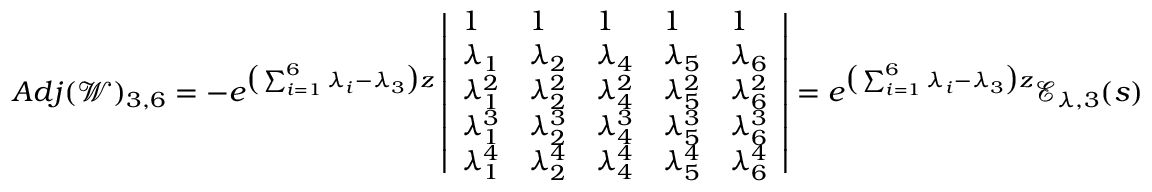
A d j ( \mathscr { W } ) _ { 3 , 6 } = - e ^ { \big ( \sum _ { i = 1 } ^ { 6 } \lambda _ { i } - \lambda _ { 3 } \big ) z } \left| \begin{array} { l l l l l } { 1 } & { 1 } & { 1 } & { 1 } & { 1 } \\ { \lambda _ { 1 } } & { \lambda _ { 2 } } & { \lambda _ { 4 } } & { \lambda _ { 5 } } & { \lambda _ { 6 } } \\ { \lambda _ { 1 } ^ { 2 } } & { \lambda _ { 2 } ^ { 2 } } & { \lambda _ { 4 } ^ { 2 } } & { \lambda _ { 5 } ^ { 2 } } & { \lambda _ { 6 } ^ { 2 } } \\ { \lambda _ { 1 } ^ { 3 } } & { \lambda _ { 2 } ^ { 3 } } & { \lambda _ { 4 } ^ { 3 } } & { \lambda _ { 5 } ^ { 3 } } & { \lambda _ { 6 } ^ { 3 } } \\ { \lambda _ { 1 } ^ { 4 } } & { \lambda _ { 2 } ^ { 4 } } & { \lambda _ { 4 } ^ { 4 } } & { \lambda _ { 5 } ^ { 4 } } & { \lambda _ { 6 } ^ { 4 } } \end{array} \right| = e ^ { \big ( \sum _ { i = 1 } ^ { 6 } \lambda _ { i } - \lambda _ { 3 } \big ) z } \mathscr { E } _ { \lambda , 3 } ( s )